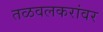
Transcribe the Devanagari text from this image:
तळवलकरांवर